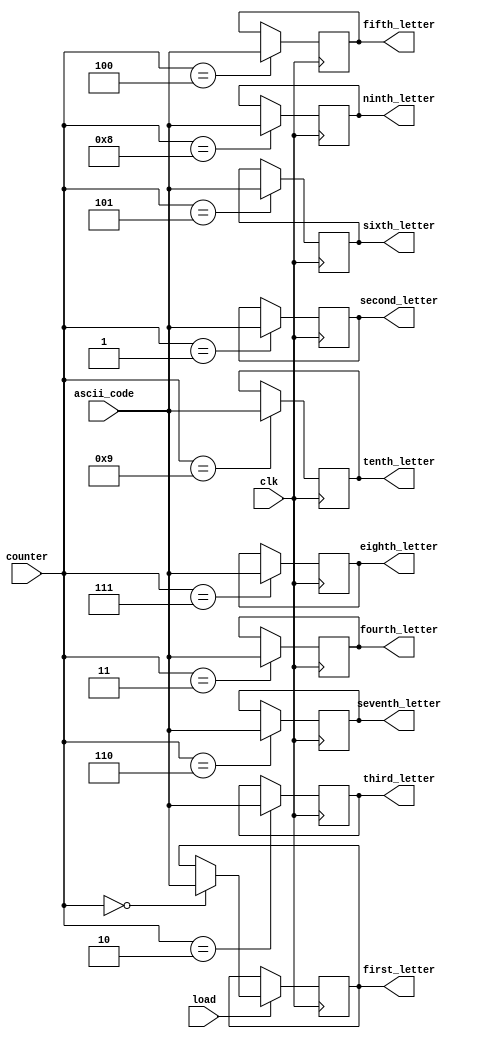
module load(clk, load, counter, ascii_code, first_letter, second_letter, third_letter, fourth_letter, fifth_letter, sixth_letter, seventh_letter, eighth_letter, ninth_letter, tenth_letter);
    input clk, load;

	 input [7:0] ascii_code; // 10 words in ascii, this is input to demux
    output reg [7:0]first_letter; 
    output reg [7:0]second_letter; 
    output reg [7:0]third_letter; 
    output reg [7:0]fourth_letter; 
    output reg [7:0]fifth_letter;
    output reg [7:0]sixth_letter; 
    output reg [7:0]seventh_letter;
    output reg [7:0]eighth_letter;
	  output reg [7:0]ninth_letter;
    output reg [7:0]tenth_letter;

	  input [3:0]counter;
	 
    always @(posedge clk)
    begin
        if(load) // if we are loading values

            if(counter == 0)
                begin
                    first_letter <= ascii_code[7:0];
                     
                end
            if(counter == 1)
                begin
                    second_letter <= ascii_code[7:0];
                     
                end
            if(counter == 2)
                begin
                    third_letter <= ascii_code[7:0];
                     
                end
            if(counter == 3)
                begin
                    fourth_letter <= ascii_code[7:0];
                     
                end
            if(counter == 4)
                begin
                    fifth_letter <= ascii_code[7:0];
                     
                end
            if(counter == 5)
                begin
                    sixth_letter <= ascii_code[7:0];
                     
                end
            if(counter == 6)
                begin
                    seventh_letter <= ascii_code[7:0];
                     
                end
            if(counter == 7)
                begin
                    eighth_letter <= ascii_code[7:0];
                     
                end
            if(counter == 8)
                begin
                    ninth_letter <= ascii_code[7:0];
                     
                end
            if(counter == 9)
                begin
                    tenth_letter <= ascii_code[7:0];
                     
                end

            //if(ascii_code == 8'h09 //TAB, because there was no ENTER)
            //    begin
            //        next_state;
            //    end
        
    end 
endmodule